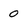
Character: 0